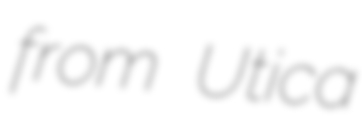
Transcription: from Utica